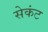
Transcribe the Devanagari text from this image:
सेकंट